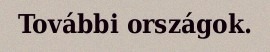
További országok.